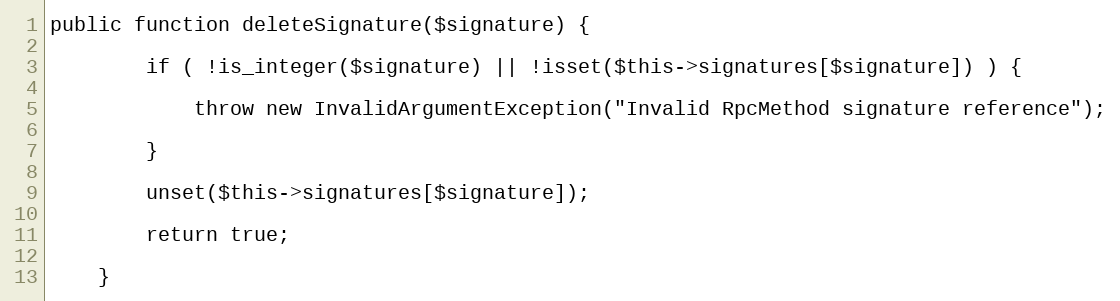
Language: PHP
public function deleteSignature($signature) {

        if ( !is_integer($signature) || !isset($this->signatures[$signature]) ) {

            throw new InvalidArgumentException("Invalid RpcMethod signature reference");

        }

        unset($this->signatures[$signature]);

        return true;

    }